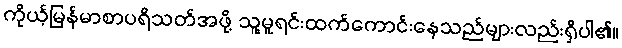
ကိုယ့်မြန်မာစာပရိသတ်အဖို့ သူ့မူရင်းထက်ကောင်းနေသည်များလည်းရှိပါ၏။